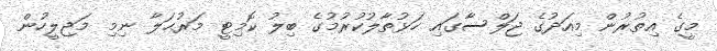
މީގެ އިތުރުން މިއަދުގެ ޖަލްސާގައި ހަޅުތާލުކުރުމުގެ ބިލު ކޮމިޓީ މަރުޙަލާ ނިމި މަޖިލީހުން